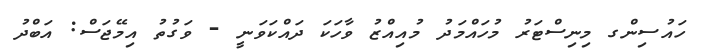
ހައުސިންގ މިނިސްޓަރު މުހައްމަދު މުއިއްޒު ވާހަކަ ދައްކަވަނީ - ވަގުތު އިމޭޖަސް: އަބްދު